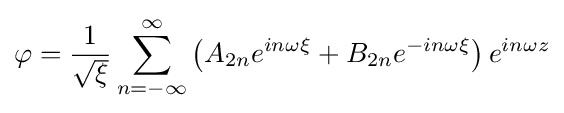
\varphi ={\frac {1}{\sqrt {\xi }}}\sum _{n=-\infty }^{\infty }\left(A_{2n}e^{in\omega \xi }+B_{2n}e^{-in\omega \xi }\right)e^{in\omega z}